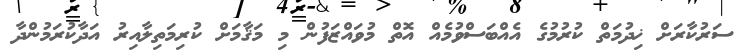
ސަރުކާރަށް ޚިދުމަތް ކުރުމުގެ އެއްބަސްވުމެއް އޮތް މުވައްޒަފުން މި މަޤާމަށް ކުރިމަތިލާއިރު އަދާކުރަމުންދާ